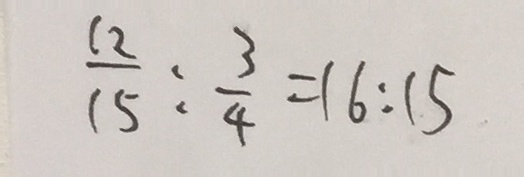
\frac { 1 2 } { 1 5 } : \frac { 3 } { 4 } = 1 6 : 1 5